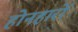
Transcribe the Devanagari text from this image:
होनहारों